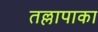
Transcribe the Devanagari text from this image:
तल्लापाका